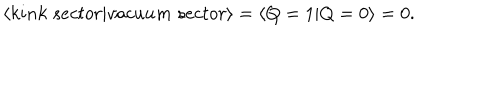
\left< k i n k \; s e c t o r | v a c u u m \; s e c t o r \right> = \left< Q = 1 | Q = 0 \right> = 0 .